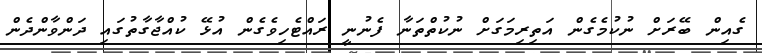
ގެއިން ބޭރަށް ނުކުމެގެން އަތިރިމަގަށް ނުކުތްތަނާ ފެނުނީ ރައްޓެހިވެގެން އުޅޭ ކުއްޖާގާތުގައި ދަންވާންދެން